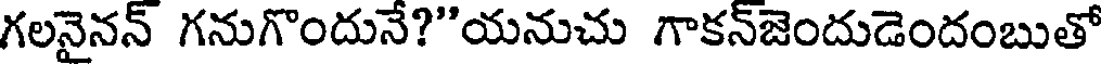
గలనైనన్ గనుగొందునే?"యనుచు గాకన్జెందుడెందంబుతో